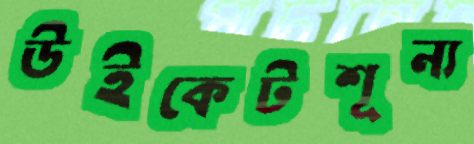
উইকেটশূন্য